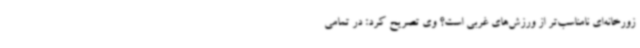
زورخانه‌ای نامناسب‌تر از ورزش‌های غربی است؟ وی تصریح کرد: در تمامی